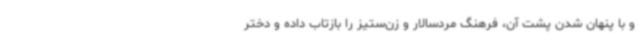
و با پنهان شدن پشت آن، فرهنگ مردسالار و زن‌ستیز را بازتاب داده و دختر